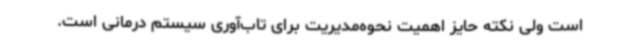
است ولی نکته حایز اهمیت نحوه‌مدیریت برای تاب‌آوری سیستم درمانی است.